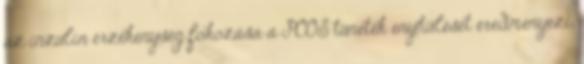
az inzulin érzékenység fokozása a PCOS tünetek enyhülését eredményezi.